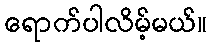
ရောက်ပါလိမ့်မယ်။